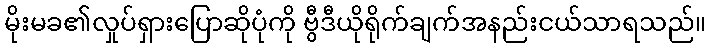
မိုးမခ၏လှုပ်ရှားပြောဆိုပုံကို ဗွီဒီယိုရိုက်ချက်အနည်းငယ်သာရသည်။